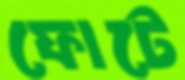
ফোটে